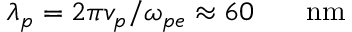
\lambda _ { p } = 2 \pi v _ { p } / \omega _ { p e } \approx 6 0 \ensuremath { \mathrm { ~ \textrm ~ { ~ \, ~ } ~ } } \ensuremath { \mathrm { n m } }